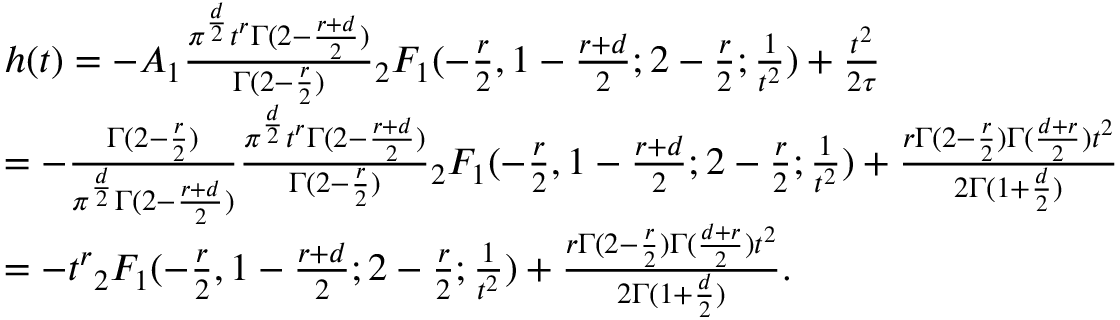
\begin{array} { r l } & { h ( t ) = - A _ { 1 } \frac { \pi ^ { \frac { d } { 2 } } t ^ { r } \Gamma ( 2 - \frac { r + d } { 2 } ) } { \Gamma ( 2 - \frac { r } { 2 } ) } { _ 2 F _ { 1 } } ( - \frac { r } { 2 } , 1 - \frac { r + d } { 2 } ; 2 - \frac { r } { 2 } ; \frac { 1 } { t ^ { 2 } } ) + \frac { t ^ { 2 } } { 2 \tau } } \\ & { = - \frac { \Gamma ( 2 - \frac { r } { 2 } ) } { \pi ^ { \frac { d } { 2 } } \Gamma ( 2 - \frac { r + d } { 2 } ) } \frac { \pi ^ { \frac { d } { 2 } } t ^ { r } \Gamma ( 2 - \frac { r + d } { 2 } ) } { \Gamma ( 2 - \frac { r } { 2 } ) } { _ 2 F _ { 1 } } ( - \frac { r } { 2 } , 1 - \frac { r + d } { 2 } ; 2 - \frac { r } { 2 } ; \frac { 1 } { t ^ { 2 } } ) + \frac { r \Gamma ( 2 - \frac { r } 2 ) \Gamma ( \frac { d + r } { 2 } ) t ^ { 2 } } { 2 \Gamma ( 1 + \frac { d } { 2 } ) } } \\ & { = - t ^ { r } { _ 2 F _ { 1 } } ( - \frac { r } { 2 } , 1 - \frac { r + d } { 2 } ; 2 - \frac { r } { 2 } ; \frac { 1 } { t ^ { 2 } } ) + \frac { r \Gamma ( 2 - \frac { r } 2 ) \Gamma ( \frac { d + r } { 2 } ) t ^ { 2 } } { 2 \Gamma ( 1 + \frac { d } { 2 } ) } . } \end{array}